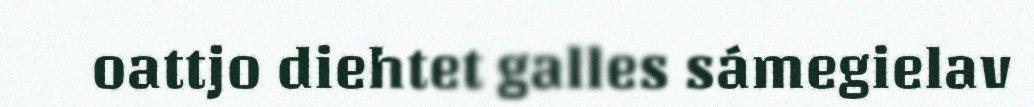
oattjo diehtet galles sámegielav